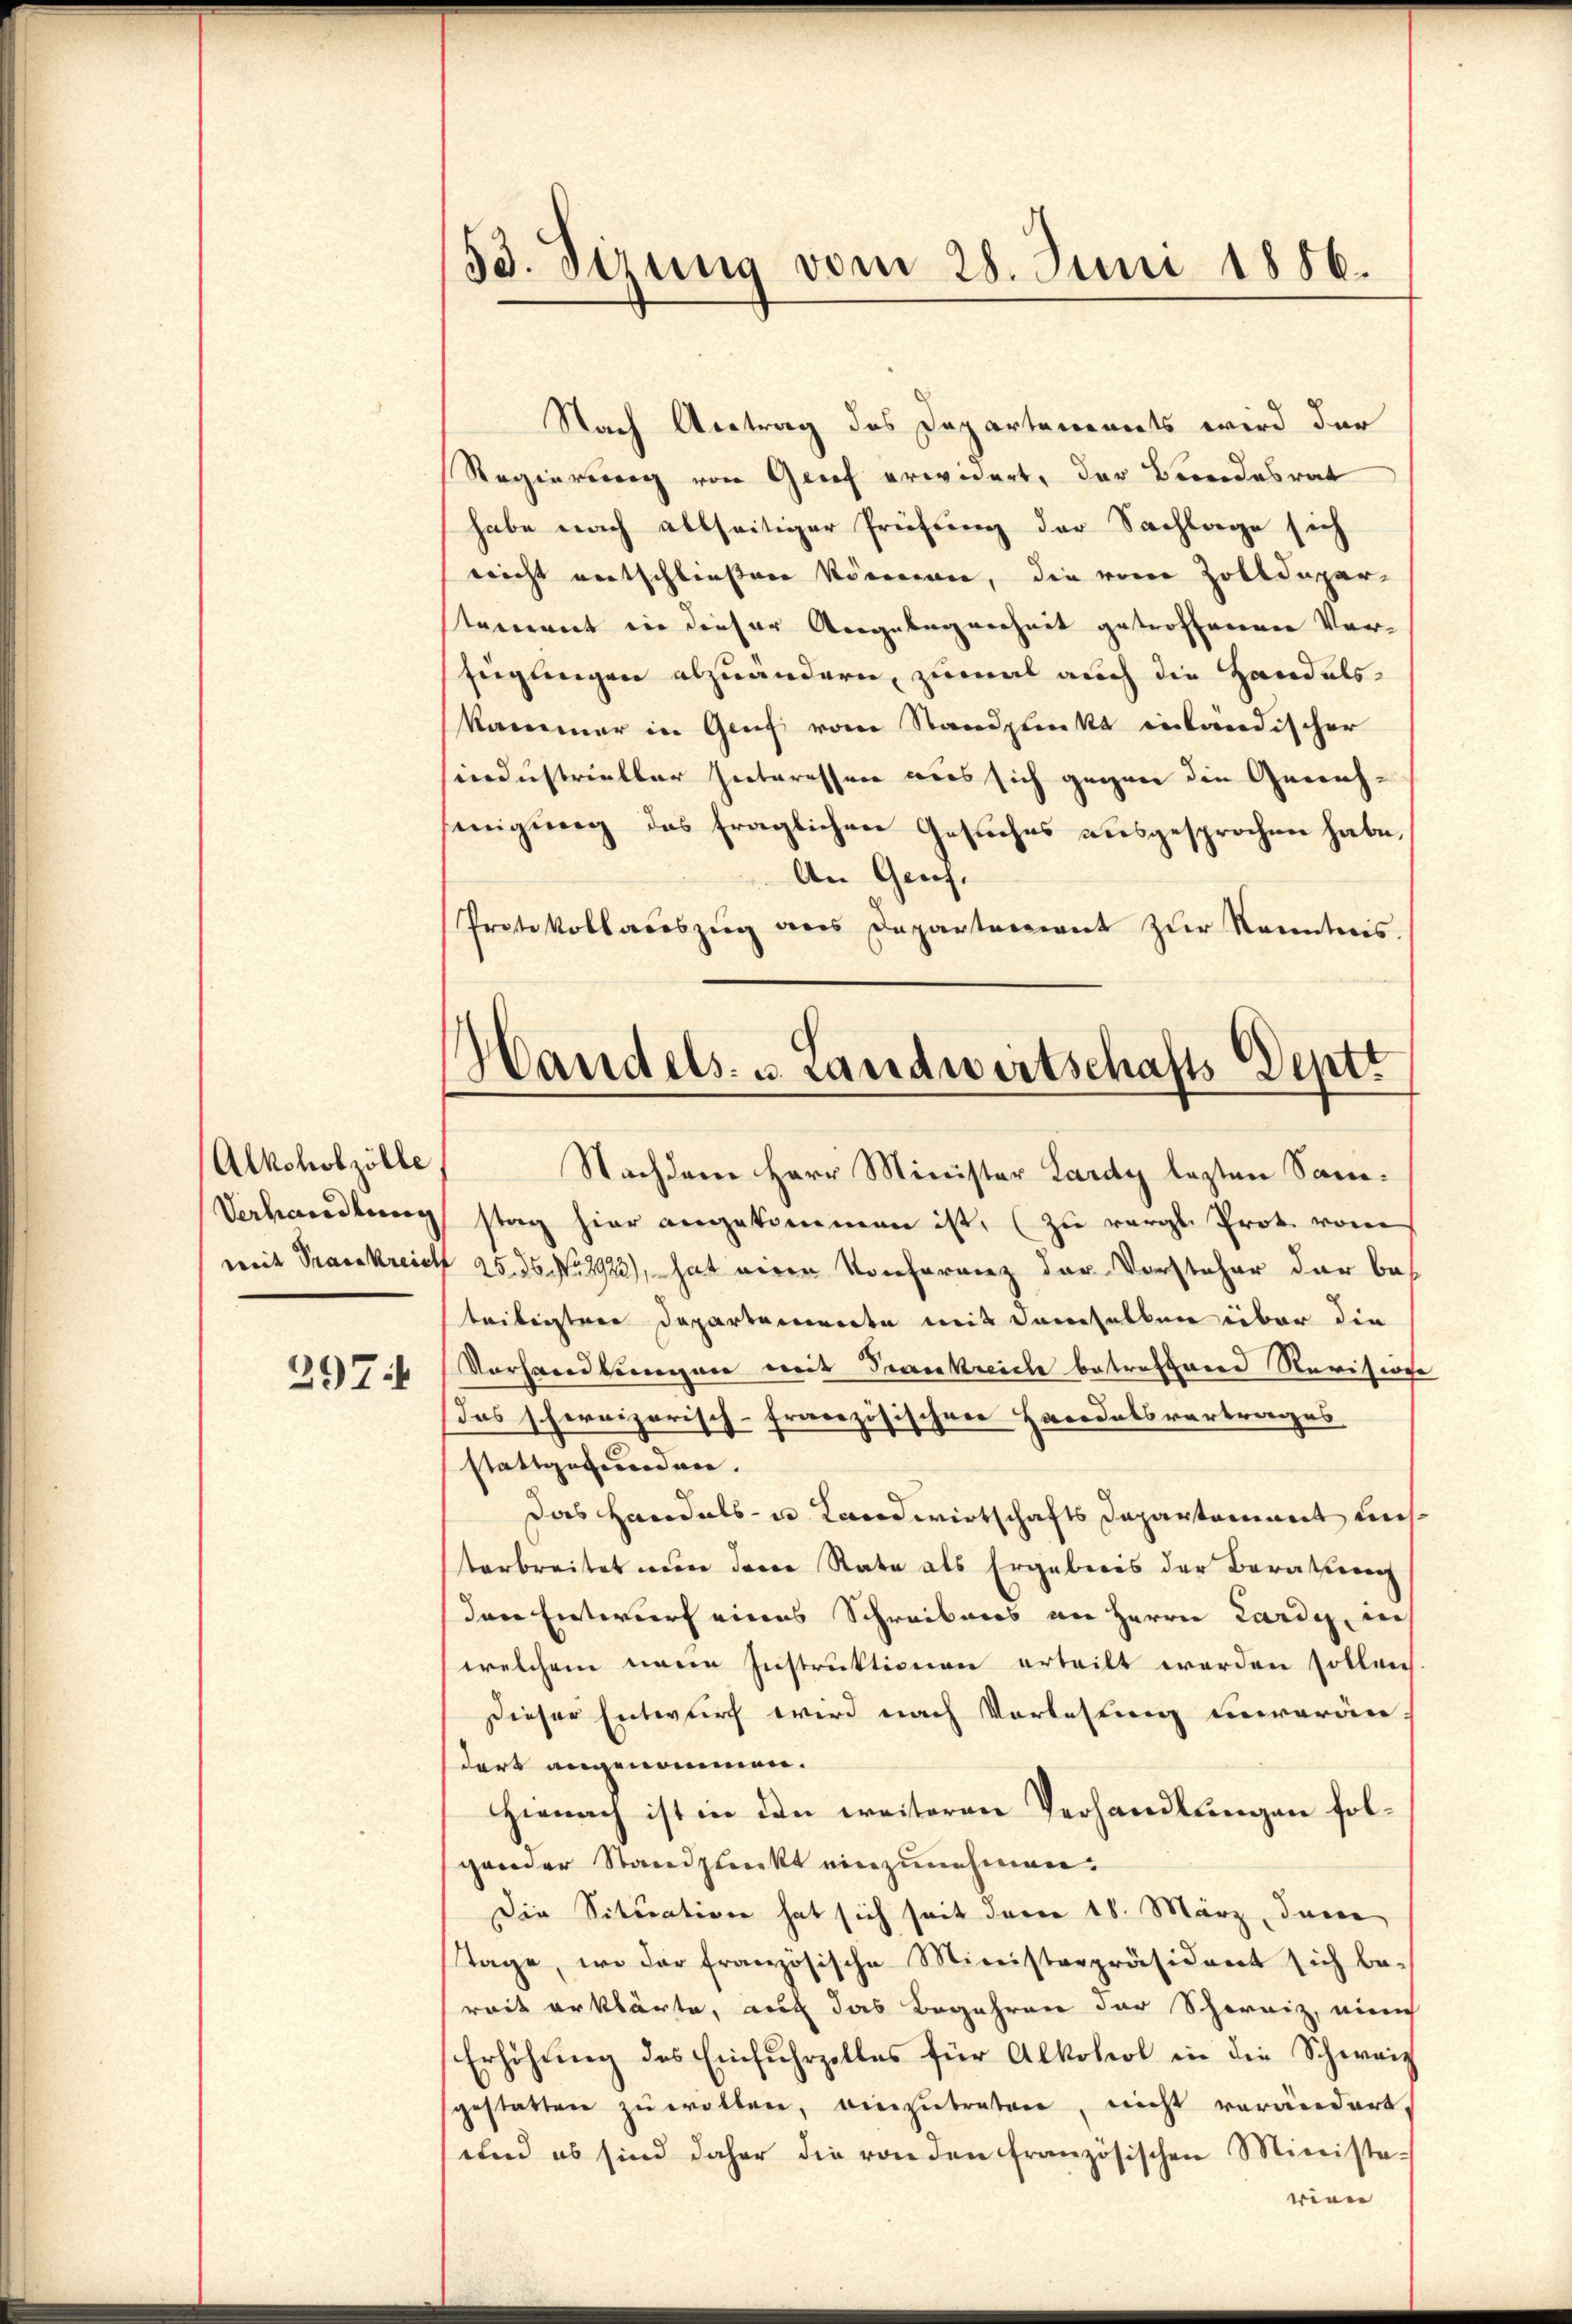
Alkoholzölle
Verhandlung

2974

53. Sirung vom 28. Juni 1886.

Nach Antrag des Departements wird der
Regierung von Grief erwidert, der Beendesrat
habe nach allseitiger Prüfung der Sachlage sich
nricht entschließen können, die von Zolldeparstament in dieser Angelegenheit getroffenen Ver-
fügungen abzuändern, zumal auch die Handels-
kammer in Genf vom Standpunkt inländischer
industrieller hinteressen aus sich gegen die Genehmigung des fraglichen Gesuches ausgesprochen habe,
An Genf.
Protokollauszug aus Departement zur Kenntnis.

Handels- u. Landwirtschafts-Deptt

Nachdem Herr Minister Lardy lezten Samstag hier angekommen ist, (zu vergl. Prot. vom
weit Prankreich 25. 26. No 2923), hat einer Konferenz der Vorsteher der bebeibeistere Departemente mit demselben über die
Vorhandlungen mit Frankreich betreffend Revisione
Das schereizerisch-Französischen Handelsvertrages
stattgefunden.
Das Handels- u. Landwirtschafts Departement unstarbreitet wenn deren Rate als Ergebnis der Beratung
den Entwurf eines Schreibens an Herrn Lardig, dies
welchem neue Instruktionen erteilt werden sollen
Dieser Entwurf wird nach Vorlesung unverändort angenommen.
Hienach ist in den weiteren Verhandlungen folgander Standpunkt einzunehmen.
Die Situation hat sich seit davon 18. März, Inne
Tage, wo der französische Ministrepräsident sich be-
reit erklärte, auch das Begehren der Schweiz, ein
Erhöhung des Einfuhrzolles für Alkohol in die Schweiz
gestatten zŭ wollen, einzutreten, nicht verändert,
und es sind daher die von den französischen Ministe-
wien